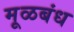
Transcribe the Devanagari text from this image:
मूळबंध